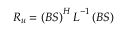
\boldsymbol { R _ { u } } = \left( \boldsymbol { B } \boldsymbol { S } \right) ^ { H } \boldsymbol { L } ^ { - 1 } \left( \boldsymbol { B } \boldsymbol { S } \right)